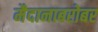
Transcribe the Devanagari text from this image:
मैदानाबरोबर